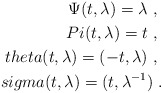
\begin{align*}\Psi ( t , \lambda ) = \lambda \ , \ \\Pi ( t , \lambda ) = t \ , \ \\theta ( t , \lambda ) = ( - t , \lambda ) \ , \ \\sigma ( t , \lambda ) =(t , \lambda^{-1} ) \ .\end{align*}